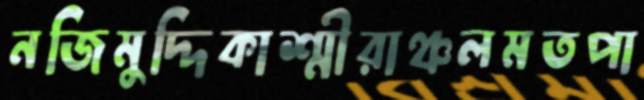
নজিমুদ্দিকাশ্মীরাঞ্চলমতপা